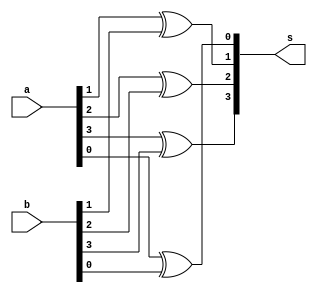
// ---------------------------------- 
// Exemplo0024 - Comparador Diferenca
// Nome: Alvaro Henrique de Araujo Rungue 
// ---------------------------------- 

module comparadorDiferenca(output [3:0] s , input [3:0] a , input [3:0] b);

xor XOR0( s[0] , a [0] , b [0] );
xor XOR1( s[1] , a [1] , b [1] );
xor XOR2( s[2] , a [2] , b [2] );
xor XOR3( s[3] , a [3] , b [3] );

endmodule //-- fim comparador

module teste_comparadorDiferenca;

// ------------------------- definir dados 
reg [3:0] a; 
reg [3:0] b; 
wire [3:0] resp;


comparadorDiferenca COMPARADORDIFERENCA1(resp,a,b);

// ------------------------- parte principal 
  initial
  begin
  $display("Exemplo0024 - Alvaro Henrique de Araujo Rungue - 395487"); 
  $display("\nTest ALU's Comparador Diferenca:\n"); 
 
  //-- Mostrar testes
  
  a = 4'b0001;b = 4'b0011;
  $monitor("a = %b , b =  %b , Resposta : %b" , a , b , resp);
  
  
  //-- Entradas
  
  #1 a = 4'b0001;b = 4'b1111;
  #1 a = 4'b0011;b = 4'b1011;
  #1 a = 4'b0001;b = 4'b1011;
  #1 a = 4'b0001;b = 4'b1011;

    
  end
endmodule //-- test_fullAdder